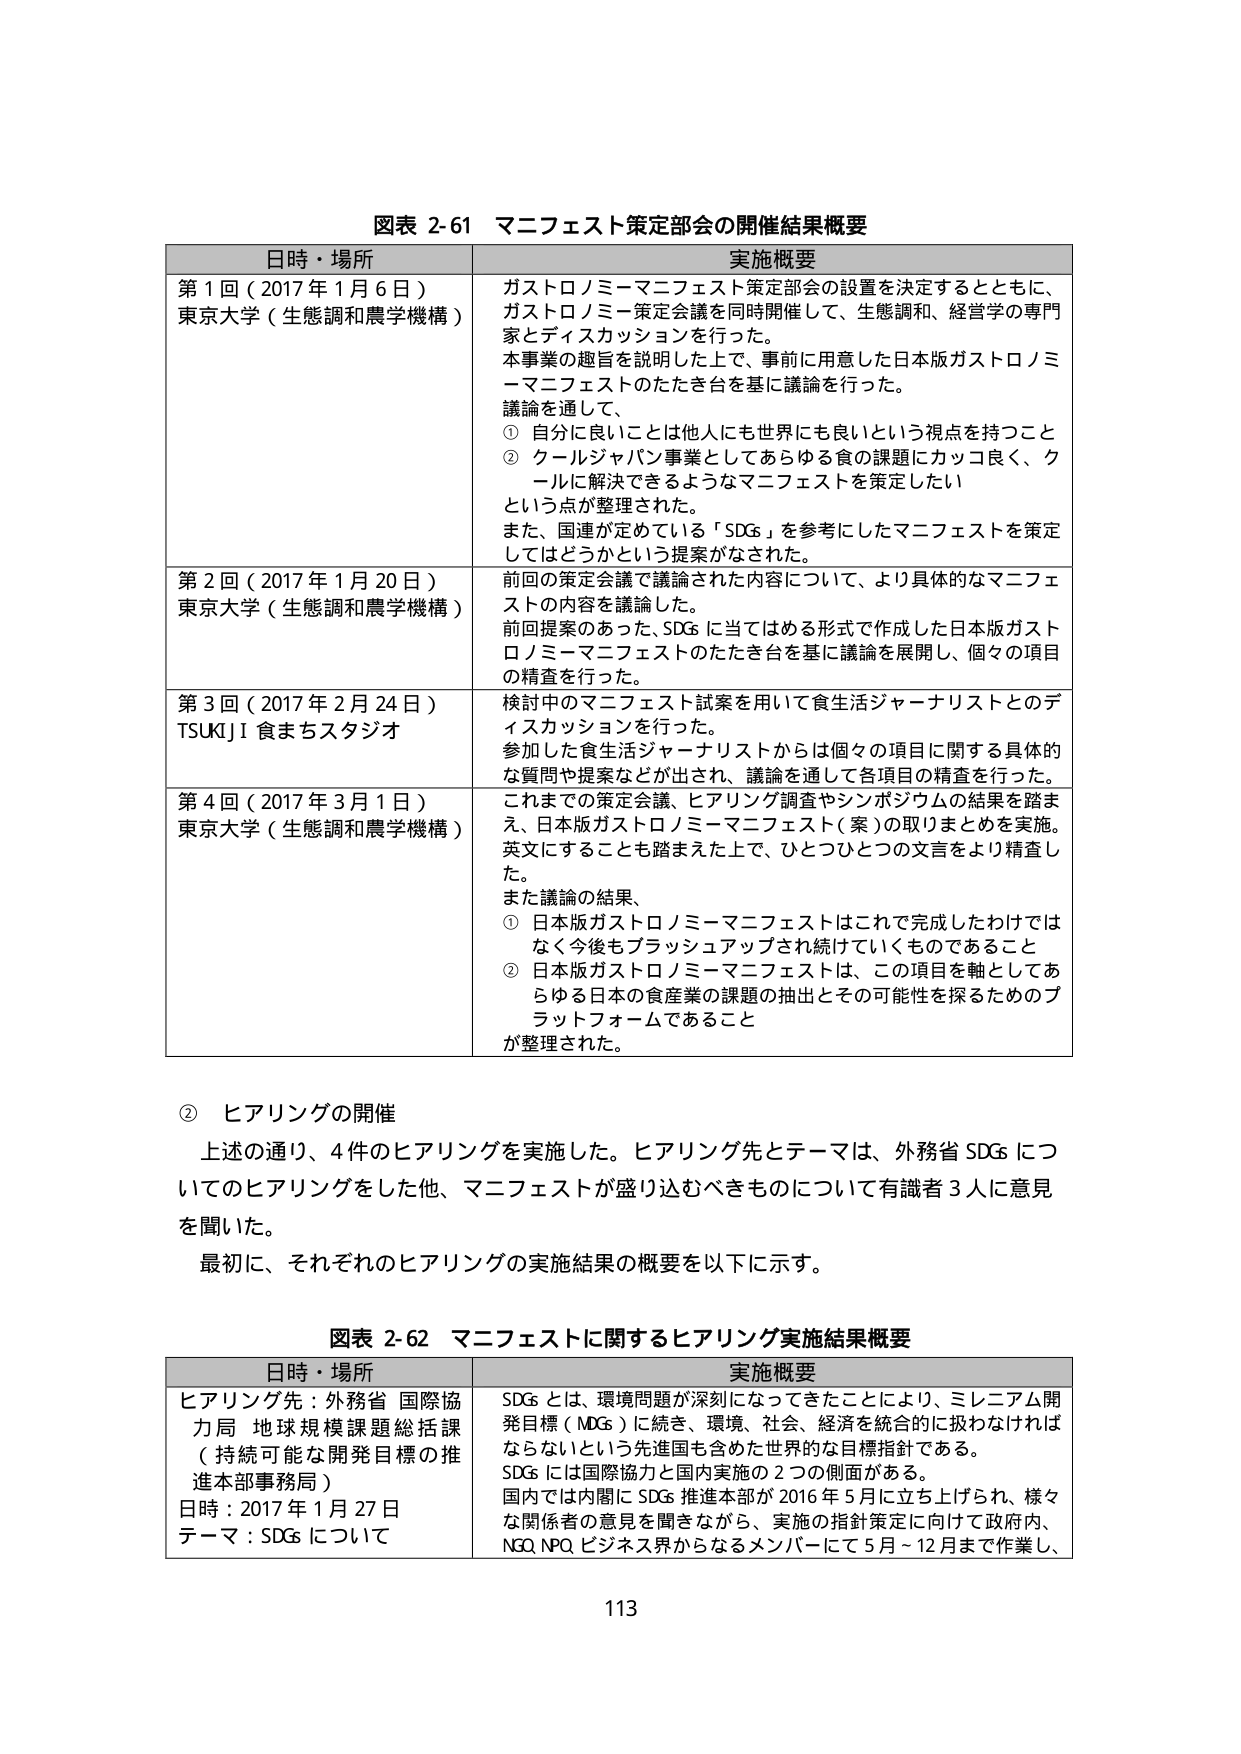
図表 2-61 マニフェスト策定部会の開催結果概要

日時・場所 実施概要

第1回（2017年1月6日）
東京大学（生態調和農学機構）
ガストロノミーマニフェスト策定部会の設置を決定するとともに、
ガストロノミー策定会議を同時開催して、生態調和、経営学の専門
家とディスカッションを行った。
本事業の趣旨を説明した上で、事前に用意した日本版ガストロノミー
マニフェストのたたき台を基に議論を行った。
議論を通じて、
① 自分に良いことは他人にも世界にも良いという視点を持つこと
② クールジャパン事業としてあらゆる食の課題にカッコ良く、クールに解決できるようなマニフェストを策定したい
という点が整理された。
また、国連が定めている「SDGs」を参考にしたマニフェストを策定してはどうかという提案がなされた。

第2回（2017年1月20日）
東京大学（生態調和農学機構）
前回の策定会議で議論された内容について、より具体的なマニフェストの内容を議論した。
前回提案のあった、SDGsに当てはめる形式で作成した日本版ガストロノミーマニフェストのたたき台を基に議論を展開し、個々の項目の精査を行った。

第3回（2017年2月24日）
TSUKIJI 食まちスタジオ
検討中のマニフェスト試案を用いて食生活ジャーナリストとのディスカッションを行った。
参加した食生活ジャーナリストからは個々の項目に関する具体的な質問や提案などが示され、議論を通じて各項目の精査を行った。

第4回（2017年3月1日）
東京大学（生態調和農学機構）
これまでの策定会議、ヒアリング調査やシンポジウムの結果を踏まえ、日本版ガストロノミーマニフェスト（案）の取りまとめを実施。
英文にすることも踏まえた上で、ひとつひとつの文言をより精査した。
また議論の結果、
① 日本版ガストロノミーマニフェストはこれで完成したわけではなく今後もブラッシュアップされ続けていくものであること
② 日本版ガストロノミーマニフェストは、この項目を軸としてあらゆる日本の食産業の課題の抽出とその可能性を探るためのプラットフォームであること
が整理された。

② ヒアリングの開催
上述の通り、4件のヒアリングを実施した。ヒアリング先とテーマは、外務省 SDGs についてのヒアリングをした他、マニフェストが盛り込むべきものについて有識者3人に意見を聞いた。
最初に、それぞれのヒアリングの実施結果の概要を以下に示す。

図表 2-62 マニフェストに関するヒアリング実施結果概要

日時・場所 実施概要

ヒアリング先：外務省 国際協力局 地球規模課題総括課（持続可能な開発目標の推進本部事務局）
日時：2017年1月27日
テーマ：SDGsについて
SDGsとは、環境問題が深刻になってきたことにより、ミレニアム開発目標（MDGs）に続き、環境、社会、経済を統合的に扱わなければならないという先進国も含めた世界的な目標指針である。
SDGsには国際協力と国内実施の2つの側面がある。
国内では内閣にSDGs推進本部が2016年5月に立ち上げられ、様々な関係者の意見を聞きながら、実施の指針策定に向けて政府内、NGO、NPO、ビジネス界からなるメンバーにて5月～12月まで作業し、

113